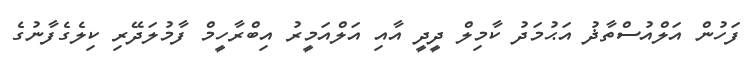
ފަހުން އަލްއުސްތާޛު އަޙުމަދު ކާމިލް ދީދީ އާއި އަލްއަމީރު އިބްރާހީމް ފާމުލަދޭރި ކިލެގެފާނުގެ